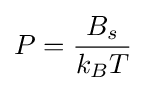
P={\frac {B_{s}}{k_{B}T}}